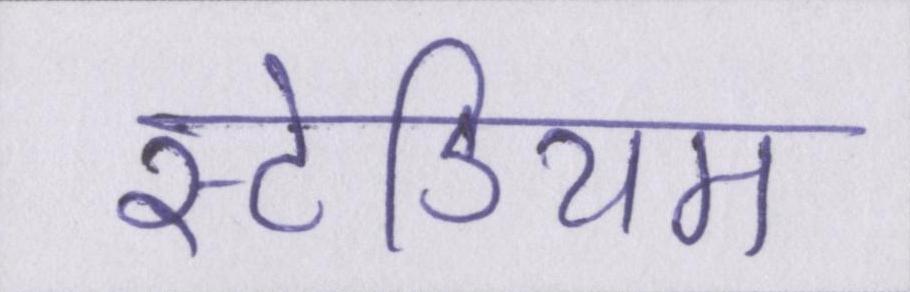
स्टेडियम